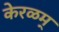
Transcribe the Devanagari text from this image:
केरळम्